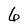
Character: 6